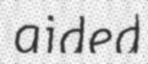
aided